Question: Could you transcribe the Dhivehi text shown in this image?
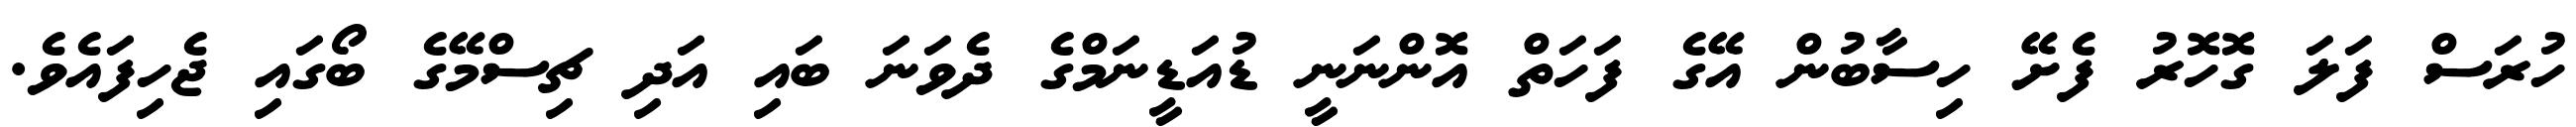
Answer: ހުރަސް ފަލަ ގޮހޮރު ފެށޭ ހިސާބުން އޭގެ ފަހަތް އޮންނަނީ ޑުއަޑީނަމްގެ ދެވަނަ ބައި އަދި ޗިސްމޭގެ ބޯގައި ޖެހިފައެވެ.